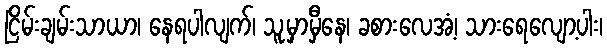
ငြိမ်းချမ်းသာယာ၊ နေရပါလျက်၊ သူ့မှာမှီနေ၊ ခစားလေအံ့၊ သားရေလျော့ပါး၊